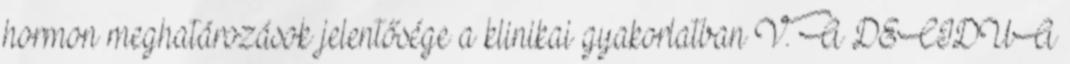
hormon meghatározások jelentősége a klinikai gyakorlatban V. A DECIDUA